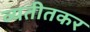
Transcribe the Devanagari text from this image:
व्यतीतकर